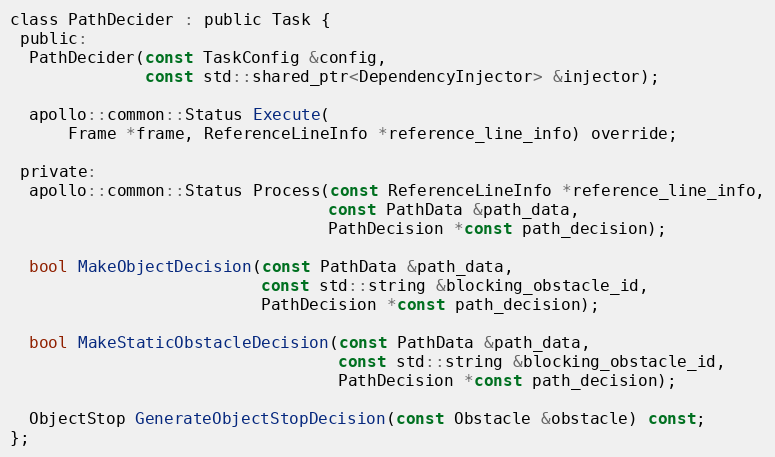
Language: C
class PathDecider : public Task {
 public:
  PathDecider(const TaskConfig &config,
              const std::shared_ptr<DependencyInjector> &injector);

  apollo::common::Status Execute(
      Frame *frame, ReferenceLineInfo *reference_line_info) override;

 private:
  apollo::common::Status Process(const ReferenceLineInfo *reference_line_info,
                                 const PathData &path_data,
                                 PathDecision *const path_decision);

  bool MakeObjectDecision(const PathData &path_data,
                          const std::string &blocking_obstacle_id,
                          PathDecision *const path_decision);

  bool MakeStaticObstacleDecision(const PathData &path_data,
                                  const std::string &blocking_obstacle_id,
                                  PathDecision *const path_decision);

  ObjectStop GenerateObjectStopDecision(const Obstacle &obstacle) const;
};